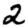
Digit: 2